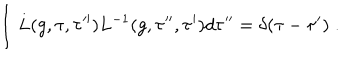
LaTeX: \int L ( g , \tau , \tau ^ { \prime \prime } ) L ^ { - 1 } ( g , \tau ^ { \prime \prime } , \tau ^ { \prime } ) d \tau ^ { \prime \prime } = \delta ( \tau - \tau ^ { \prime } ) \; .